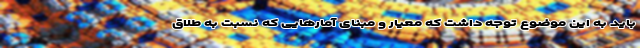
باید به این موضوع توجه داشت که معیار و مبنای آمارهایی که نسبت به طلاق